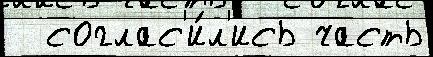
  соглас'и́л'ись часть